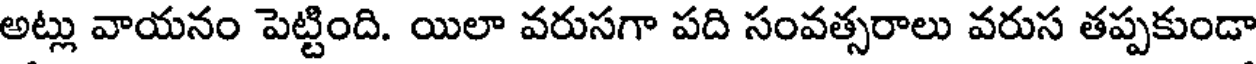
అట్లు వాయనం పెట్టింది. యిలా వరుసగా పది సంవత్సరాలు వరుస తప్పకుండా